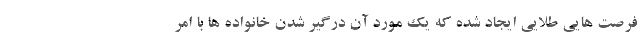
فرصت هایی طلایی ایجاد شده که یک مورد آن درگیر شدن خانواده ها با امر